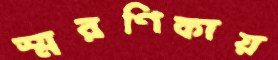
স্মরণিকায়